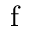
\mathrm { f }